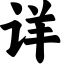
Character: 详